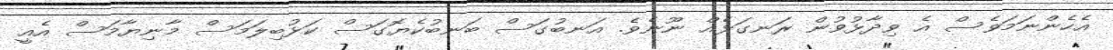
އެހެންނަމަވެސް އެ ވިދާޅުވުން ރަނގަޅެއް ނޫނެވެ. އަނބުގަސް ބަނބުކެޔޮގަސް ކަޅުބިލަމަސް މާނިޔާމަސް އެއީ